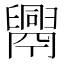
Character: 𦦧